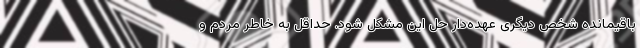
باقیمانده شخص دیگری عهده‌دار حل این مشکل شود. حداقل به خاطر مردم و